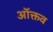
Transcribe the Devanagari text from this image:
ऑक्तव